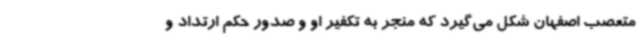
متعصب اصفهان شکل می‌گیرد که منجر به تکفیر او و صدور حکم ارتداد و